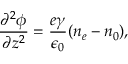
\frac { \partial ^ { 2 } \phi } { \partial z ^ { 2 } } = \frac { e \gamma } { \epsilon _ { 0 } } ( n _ { e } - n _ { 0 } ) ,